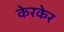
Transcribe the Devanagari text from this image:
केरकेर